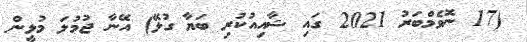
(17 ނޮވެމްބަރު 2021 ގައި ޝާއިއުކުރި ބަޔާ ގުޅޭ) އޭނާ ޖުމުލަ މުޅީން